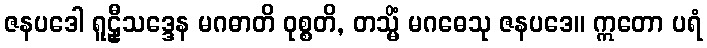
ဇနပဒေါ ရူဠှီသဒ္ဒေန မဂဓာတိ ဝုစ္စတိ, တသ္မိံ မဂဓေသု ဇနပဒေ။ ဣတော ပရံ